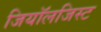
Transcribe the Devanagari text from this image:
जियॉलजिस्ट